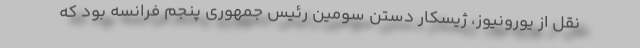
نقل از یورونیوز، ژیسکار دستن سومین رئیسِ جمهوری پنجم فرانسه بود که